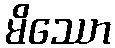
မိဿော